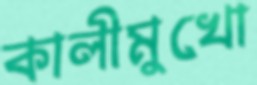
কালীমুখো